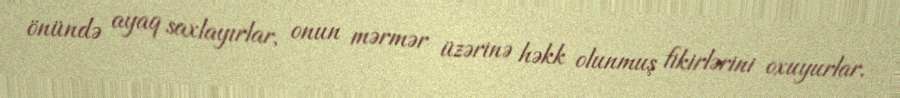
önündə ayaq saxlayırlar, onun mərmər üzərinə həkk olunmuş fikirlərini oxuyurlar.